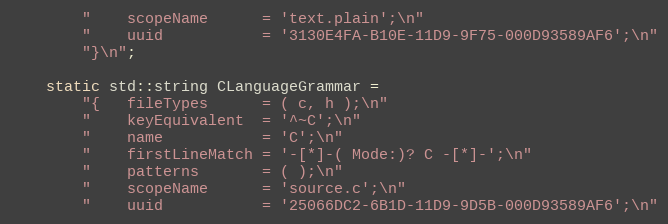
Language: C++
		"	scopeName      = 'text.plain';\n"
		"	uuid           = '3130E4FA-B10E-11D9-9F75-000D93589AF6';\n"
		"}\n";

	static std::string CLanguageGrammar =
		"{	fileTypes      = ( c, h );\n"
		"	keyEquivalent  = '^~C';\n"
		"	name           = 'C';\n"
		"	firstLineMatch = '-[*]-( Mode:)? C -[*]-';\n"
		"	patterns       = ( );\n"
		"	scopeName      = 'source.c';\n"
		"	uuid           = '25066DC2-6B1D-11D9-9D5B-000D93589AF6';\n"